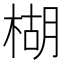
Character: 楜